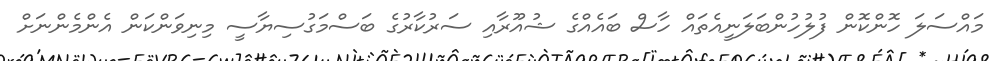
މައްސަލަ ހޮންކޮން ފުލުހުންބަލަނީއެތައް ހާސް ބައެއްގެ ޝުއޫރާއި ސަރުކާރުގެ ބަސްމަގުސިޔާސީ މިނިވަންކަން އެންމެންނަށް